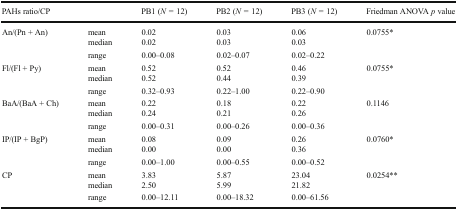
| <COLSPAN=2> PAHs ratio/CP | PB1 (N = 12) | PB2 (N = 12) | PB3 (N = 12) | Friedman ANOVA p value |
 | --- | --- | --- | --- | --- | --- |
 | <ROWSPAN=3> An/(Pn + An) | mean | 0.02 | 0.03 | 0.06 | <ROWSPAN=3> 0.0755* |
 | median | 0.02 | 0.03 | 0.03 |
 | range | 0.00–0.08 | 0.02–0.07 | 0.02–0.22 |
 | <ROWSPAN=3> Fl/(Fl + Py) | mean | 0.52 | 0.52 | 0.46 | <ROWSPAN=3> 0.0755* |
 | median | 0.52 | 0.44 | 0.39 |
 | range | 0.32–0.93 | 0.22–1.00 | 0.22–0.90 |
 | <ROWSPAN=3> BaA/(BaA + Ch) | mean | 0.22 | 0.18 | 0.22 | <ROWSPAN=3> 0.1146 |
 | median | 0.24 | 0.21 | 0.26 |
 | range | 0.00–0.31 | 0.00–0.26 | 0.00–0.36 |
 | <ROWSPAN=3> IP/(IP + BgP) | mean | 0.08 | 0.09 | 0.26 | <ROWSPAN=3> 0.0760* |
 | median | 0.00 | 0.00 | 0.36 |
 | range | 0.00–1.00 | 0.00–0.55 | 0.00–0.52 |
 | <ROWSPAN=3> CP | mean | 3.83 | 5.87 | 23.04 | <ROWSPAN=3> 0.0254** |
 | median | 2.50 | 5.99 | 21.82 |
 | range | 0.00–12.11 | 0.00–18.32 | 0.00–61.56 |